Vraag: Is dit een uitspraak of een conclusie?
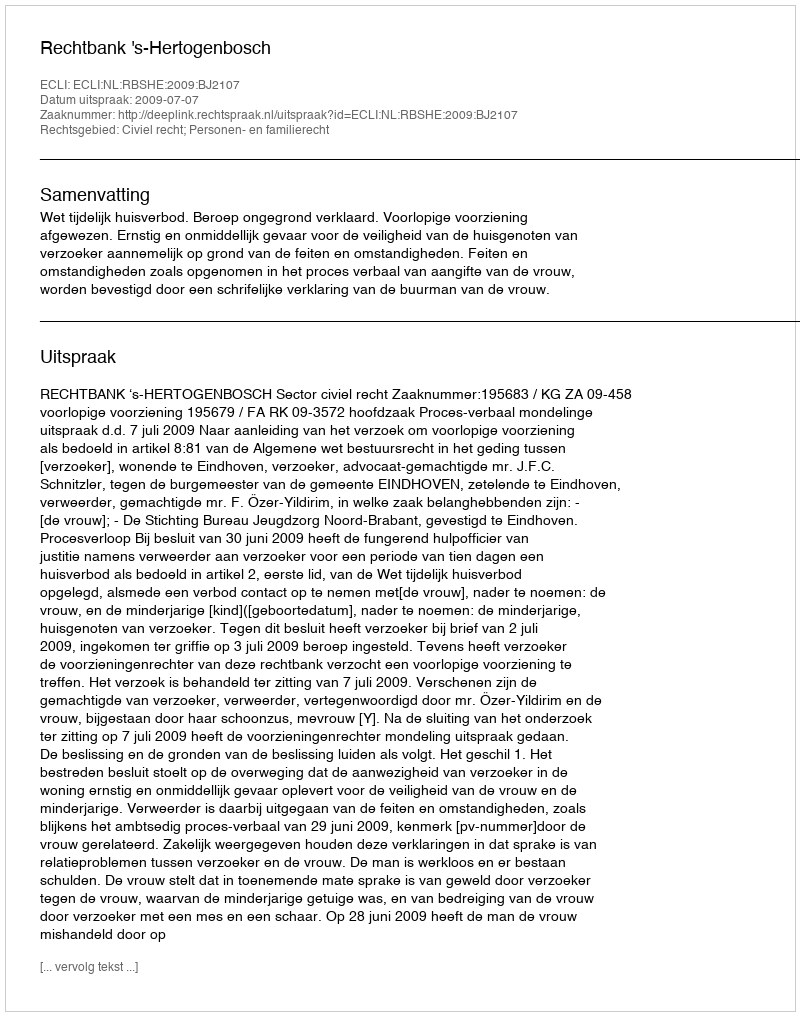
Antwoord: Uitspraak